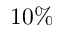
1 0 \%